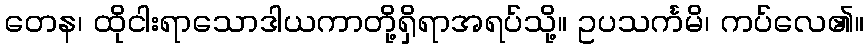
တေန၊ ထိုငါးရာသောဒါယကာတို့ရှိရာအရပ်သို့။ ဥပသင်္ကမိ၊ ကပ်လေ၏။